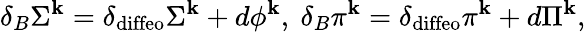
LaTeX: \delta_{B}\Sigma^{\mathbf{k}}=\delta_{\mathrm{{diffeo}}}\Sigma^{\mathbf{k}}+d\phi^{\mathbf{k}},~\delta_{B}\pi^{\mathbf{k}}=\delta_{\mathrm{{diffeo}}}\pi^{\mathbf{k}}+d\Pi^{\mathbf{k}},